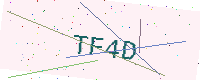
Text: TF4D